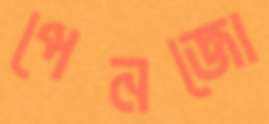
পেনজো